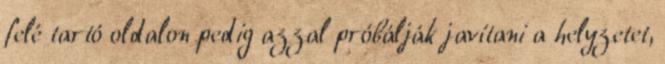
felé tartó oldalon pedig azzal próbálják javítani a helyzetet,